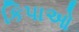
કિપાઓ